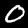
Digit: 0